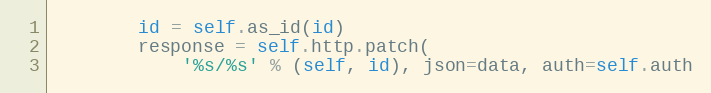
Language: Python
        id = self.as_id(id)
        response = self.http.patch(
            '%s/%s' % (self, id), json=data, auth=self.auth